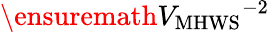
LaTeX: \ensuremath{V_{\mathrm{MHWS}}}^{-2}